Elephants and their diseases
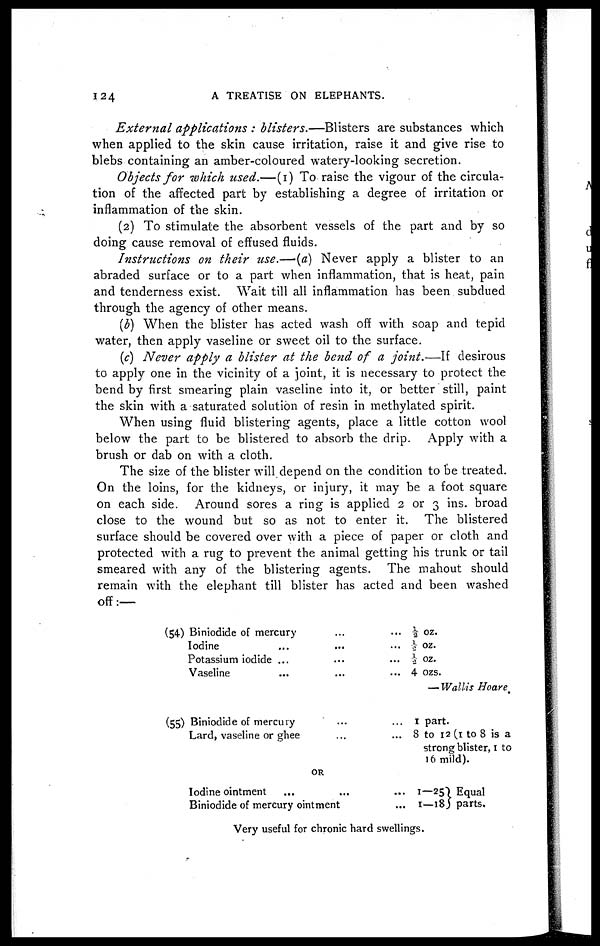
124
A
TREATISE ON ELEPHANTS.
External applications : blisters.—Blisters
are substances which
when applied to the skin cause irritation, raise it and give rise to
blebs containing an amber-coloured watery-looking secretion.
Objects for which used.—(1) To raise the vigour of the circular
tion of the affected part by establishing a degree of irritation or
inflammation of the skin.
(2) To stimulate the absorbent vessels of the part and by so
doing cause removal of effused fluids.
Instructions on their use.—(a) Never apply a blister to an
abraded surface or to a part when inflammation, that is heat, pain
and tenderness exist. Wait till all inflammation has been subdued
through the agency of other means.
(b) When the blister has acted wash off with soap and tepid
water, then apply vaseline or sweet oil to the surface.
(c) Never apply a blister at the bend of a joint.—If
desirous
to apply one in the vicinity of a joint, it is necessary to protect the
bend by first smearing plain vaseline into it, or better still, paint
the skin with a saturated solution of resin in methylated spirit.
When using fluid blistering agents, place a little cotton wool
below the part to be blistered to absorb the drip. Apply with a
brush or dab on with a cloth.
The size of the blister will depend on the condition to fee treated.
On the loins, for the kidneys, or injury, it may be a foot square
on each side. Around sores a ring is applied 2 or 3 ins. broad
close to the wound but so as not to enter it. The blistered
surface should be covered over with a piece of paper or cloth and
protected with a rug to prevent the animal getting his trunk or tail
smeared with any of the blistering agents. The mahout should
remain with the elephant till blister has acted and been washed
off:—
(54) Biniodide of mercury......
Iodine
.........
Potassium iodide .........
Vaseline......
(55) Biniodide of mercury......
Lard, vaseline or ghee......
½ oz.
½ OZ.
½ OZ.
4 ozs.
— Wallis Hoare.
1 part.
8 to 12 (1 to 8 is a
strong blister, 1 to
16 mild).
OR
Iodine ointment......
Biniodide of mercury ointment...
1—25} Equal
1—18 parts.
Very useful for chronic hard swellings.